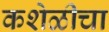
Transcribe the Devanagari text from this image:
कशेळीचा